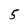
Character: 5